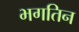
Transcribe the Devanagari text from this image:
भगतिन